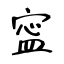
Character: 寍